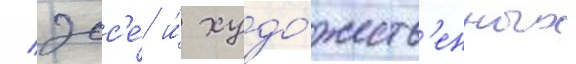
/ эсс'е́ и́ худо́жеств'енных